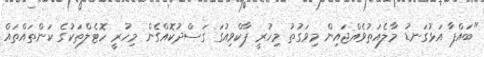
"ބައްޕާ އަޅުގަނޑު މާލެއަތުވެއްޖައިން މިވަގުތު މިހުރީ ޕާކްވިއުގަ ގަސްދުކޮއްގެން މިހުރީ ހޮޓެލްތަކުގެ ކަންތައްތައް